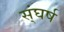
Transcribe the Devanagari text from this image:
स्ंघर्ष